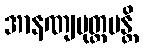
အာနဏျမုတ္တမန္တိ